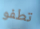
تطفو